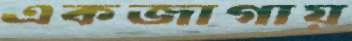
একজাগায়